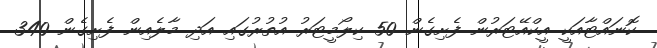
ކޮނައްޓާއަކީ އީކްއޭޓަރުން ފެށިގެން 50 ކިލޯމީޓަރު އުތުރުގައި އަދި މާލެއިން ފެށިގެން 340